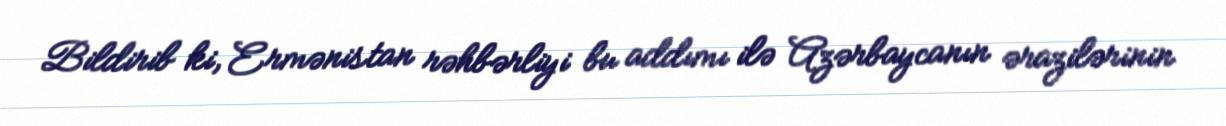
Bildirib ki, Ermənistan rəhbərliyi bu addımı ilə Azərbaycanın ərazilərinin